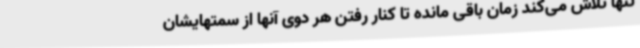
تنها تلاش می‌کند زمان باقی مانده تا کنار رفتن هر دوی آنها از سمتهایشان